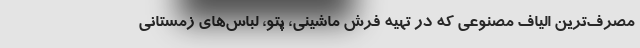
مصرف‌ترین الیاف مصنوعی که در تهیه فرش ماشینی، پتو، لباس‌های زمستانی